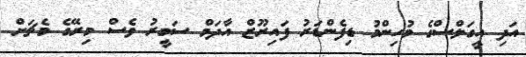
އަދި އީގަލްސްގެ މުހިންމު ޑިފެންޑަރު ފައިރޫޒް އާދަމް ސަމީރު ވެސް މިރޭގެ މެޗަށް